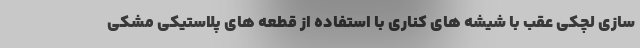
سازی لچکی عقب با شیشه های کناری با استفاده از قطعه های پلاستیکی مشکی